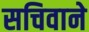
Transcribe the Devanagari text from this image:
सचिवाने